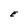
Character: E